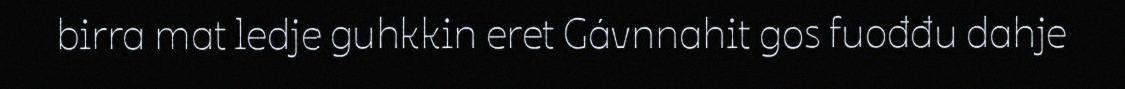
birra mat ledje guhkkin eret Gávnnahit gos fuođđu dahje